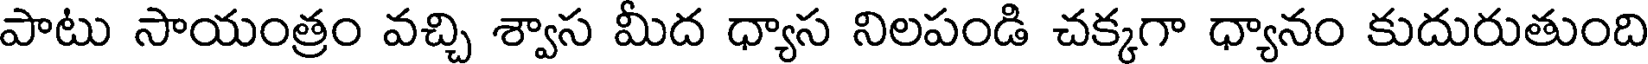
పాటు సాయంత్రం వచ్చి శ్వాస మీద ధ్యాస నిలపండి చక్కగా ధ్యానం కుదురుతుంది